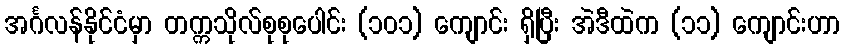
အင်္ဂလန်နိုင်ငံမှာ တက္ကသိုလ်စုစုပေါင်း (၁၀၁) ကျောင်း ရှိပြီး အဲဒီထဲက (၁၁) ကျောင်းဟာ